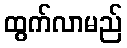
ထွက်လာမည်